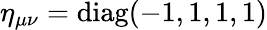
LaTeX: \eta_{\mu\nu}=\operatorname{diag}(-1,1,1,1)